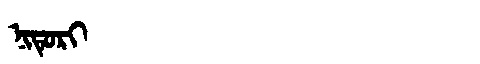
Manchu: ᠨᡳᡨᡠᡵᡳ
Romanization: NITURI